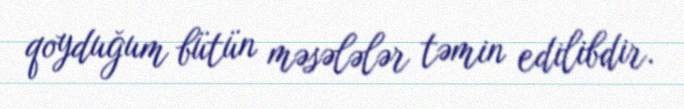
qoyduğum bütün məsələlər təmin edilibdir.